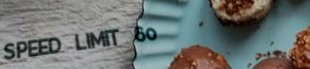
SPEED LIMIT 60